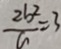
\frac { 2 b ^ { 2 } } { a } = 3